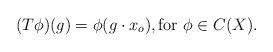
LaTeX: \begin{align*}(T\phi)(g) = \phi(g \cdot x_o), \textrm{for $\phi \in C(X)$}.\end{align*}